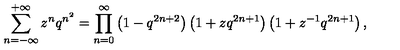
\sum _ { n = - \infty } ^ { + \infty } z ^ { n } q ^ { n ^ { 2 } } = \prod _ { n = 0 } ^ { \infty } \left( 1 - q ^ { 2 n + 2 } \right) \left( 1 + z q ^ { 2 n + 1 } \right) \left( 1 + z ^ { - 1 } q ^ { 2 n + 1 } \right) ,